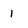
Character: 1